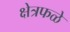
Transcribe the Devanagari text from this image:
क्षेत्रफळे